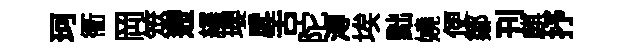
珂衢岡筮遰繹瓔戽舌陀溥埃黜嬈便鄒刊麒抒